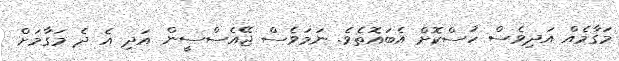
މަގާމެއް އަދިވެސް ހުސްކޮށް އެބައޮތެވެ. ނަމަވެސް ޖޭއެސްސީން އަދި އެ ދެ މަގާމަށް